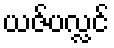
ယဇ်ပလ္လင်